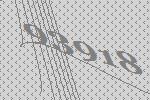
93918